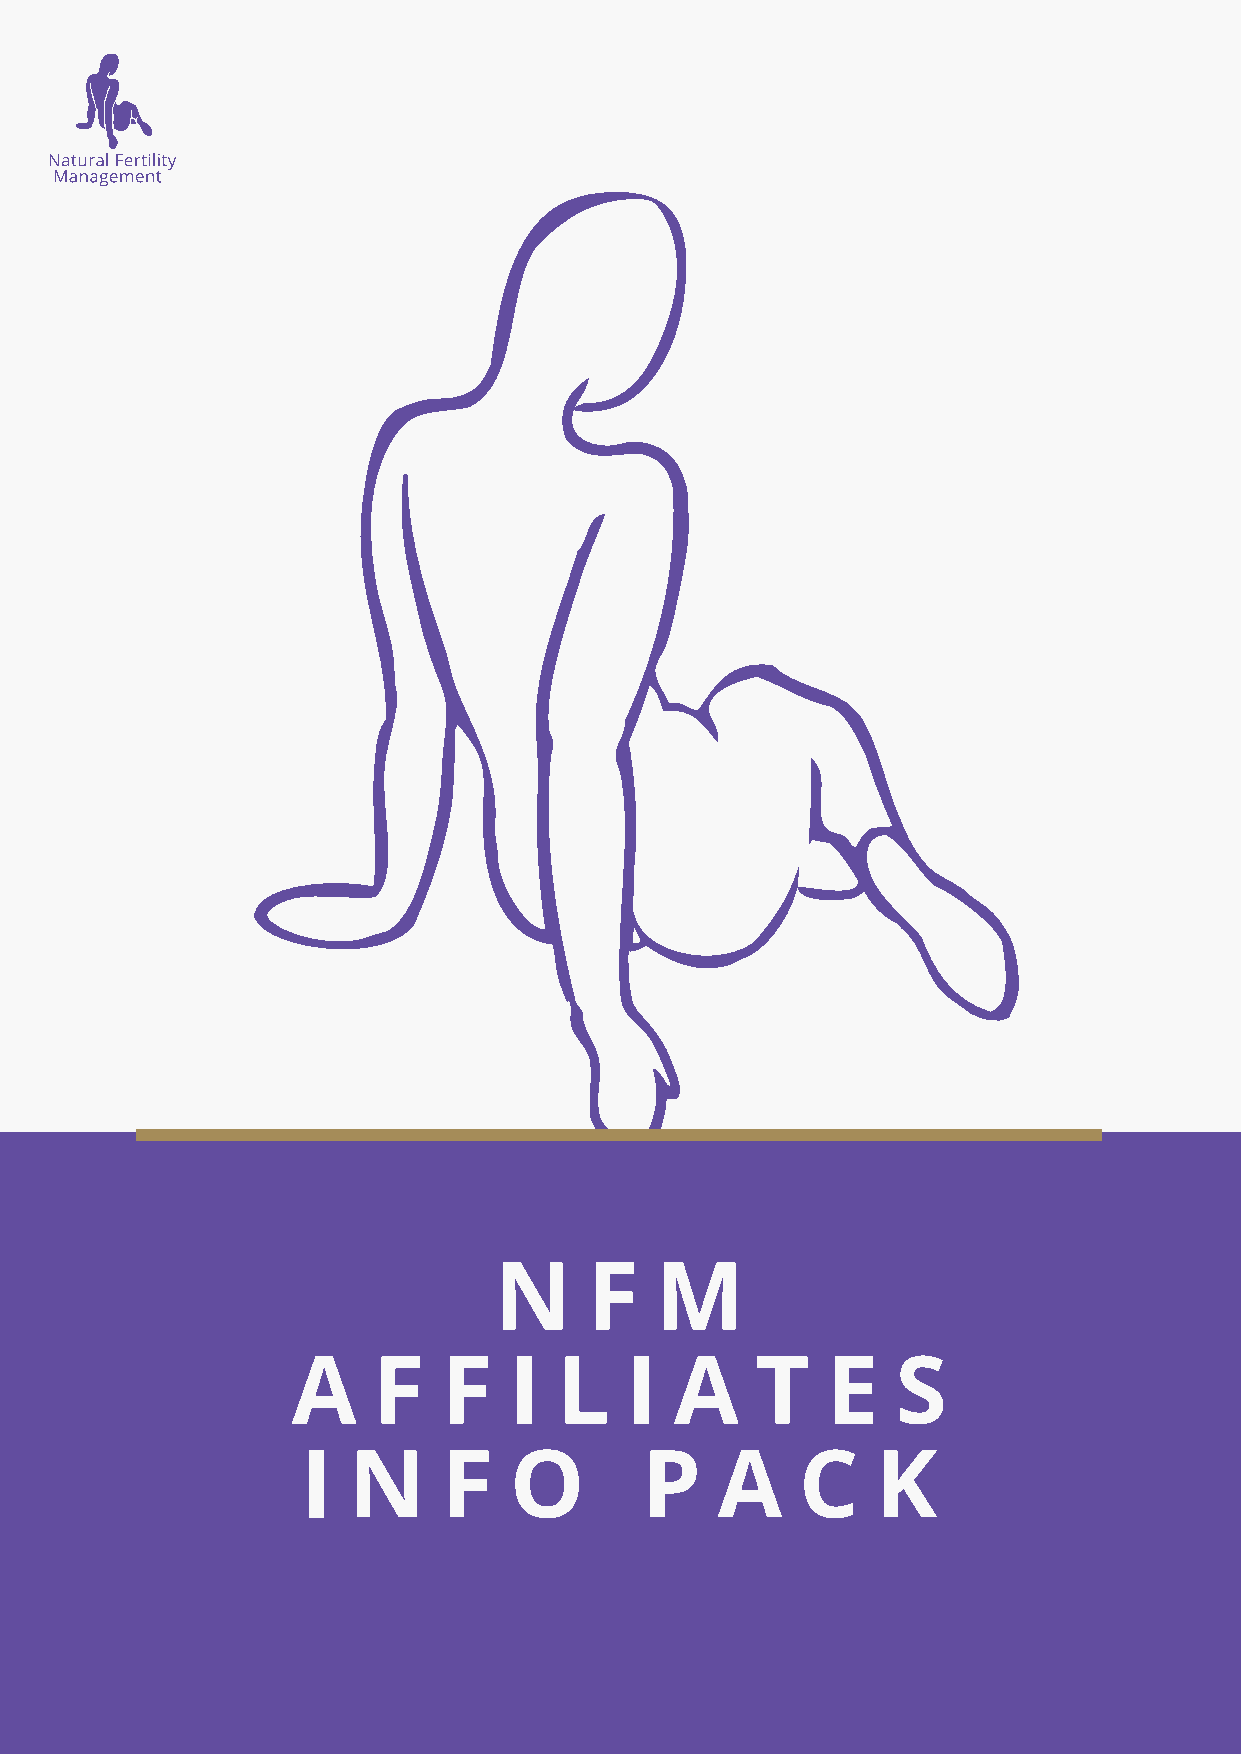
N     F   M
 A     F   F    I  L   I   A    T    E   S
 I  N     F    O       P    A     C    K